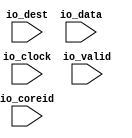

module DifftestIntWriteback(
  input         io_clock,
input  [ 7:0] io_coreid,
input         io_valid,
input  [31:0] io_dest,
input  [63:0] io_data
);
`ifndef SYNTHESIS
`ifdef DIFFTEST

import "DPI-C" function void v_difftest_IntWriteback (
input     byte io_coreid,
input      bit io_valid,
input      int io_dest,
input  longint io_data
);

  always @(posedge io_clock) begin
    v_difftest_IntWriteback (io_coreid,io_valid,io_dest,io_data);
  end
`endif
`endif
endmodule